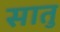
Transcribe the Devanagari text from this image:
सातु